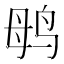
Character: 𱉞